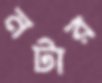
নটার